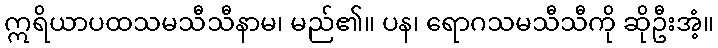
ဣရိယာပထသမသီသီနာမ၊ မည်၏။ ပန၊ ရောဂသမသီသီကို ဆိုဦးအံ့။